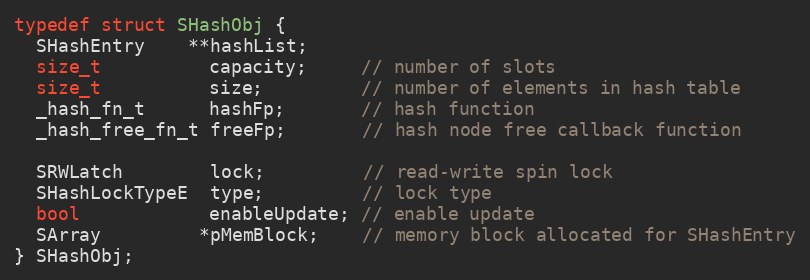
Language: C
typedef struct SHashObj {
  SHashEntry    **hashList;
  size_t          capacity;     // number of slots
  size_t          size;         // number of elements in hash table
  _hash_fn_t      hashFp;       // hash function
  _hash_free_fn_t freeFp;       // hash node free callback function

  SRWLatch        lock;         // read-write spin lock
  SHashLockTypeE  type;         // lock type
  bool            enableUpdate; // enable update
  SArray         *pMemBlock;    // memory block allocated for SHashEntry
} SHashObj;